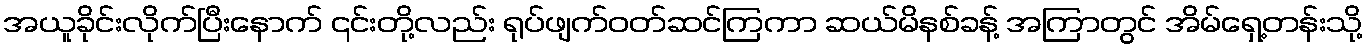
အယူခိုင်းလိုက်ပြီးနောက် ၎င်းတို့လည်း ရုပ်ဖျက်ဝတ်ဆင်ကြကာ ဆယ်မိနစ်ခန့် အကြာတွင် အိမ်ရှေ့တန်းသို့